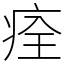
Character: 痊